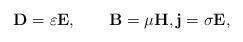
LaTeX: \begin{align*}\mathbf{D}=\varepsilon\mathbf{E},\qquad\mathbf{B}=\mu\mathbf{H},\mathbf{j}=\sigma\mathbf{E}, \end{align*}